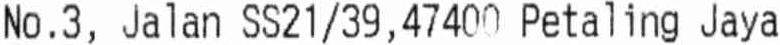
NO. 3, JALAN SS21/39, 47400 PETALING JAYA